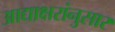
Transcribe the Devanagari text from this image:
आद्याक्षरांनुसार